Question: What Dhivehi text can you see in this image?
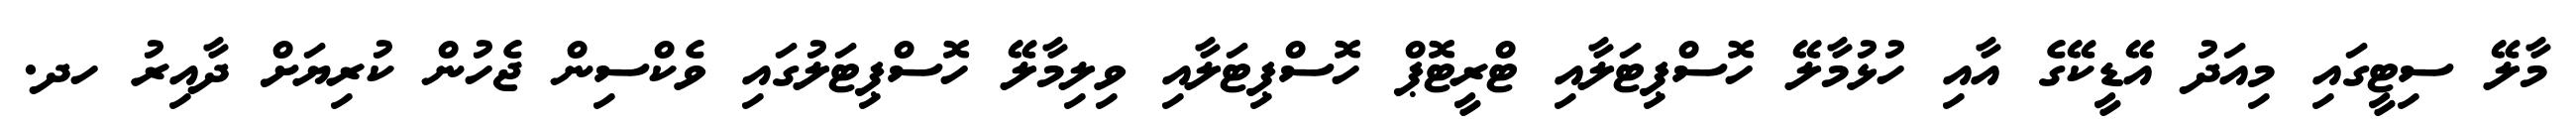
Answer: މާލޭ ސިޓީގައި މިއަދު އޭޑީކޭގެ އާއި ހުޅުމާލޭ ހޮސްޕިޓަލާއި ޓްރީޓޮޕް ހޮސްޕިޓަލާއި ވިލިމާލޭ ހޮސްޕިޓަލުގައި ވެކްސިން ޖެހުން ކުރިޔަށް ދާއިރު ހދ.